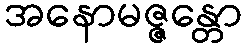
အနောမဇ္ဇန္တော